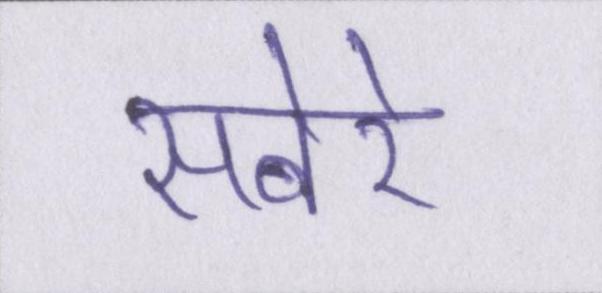
सबेरे